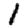
Digit: 1